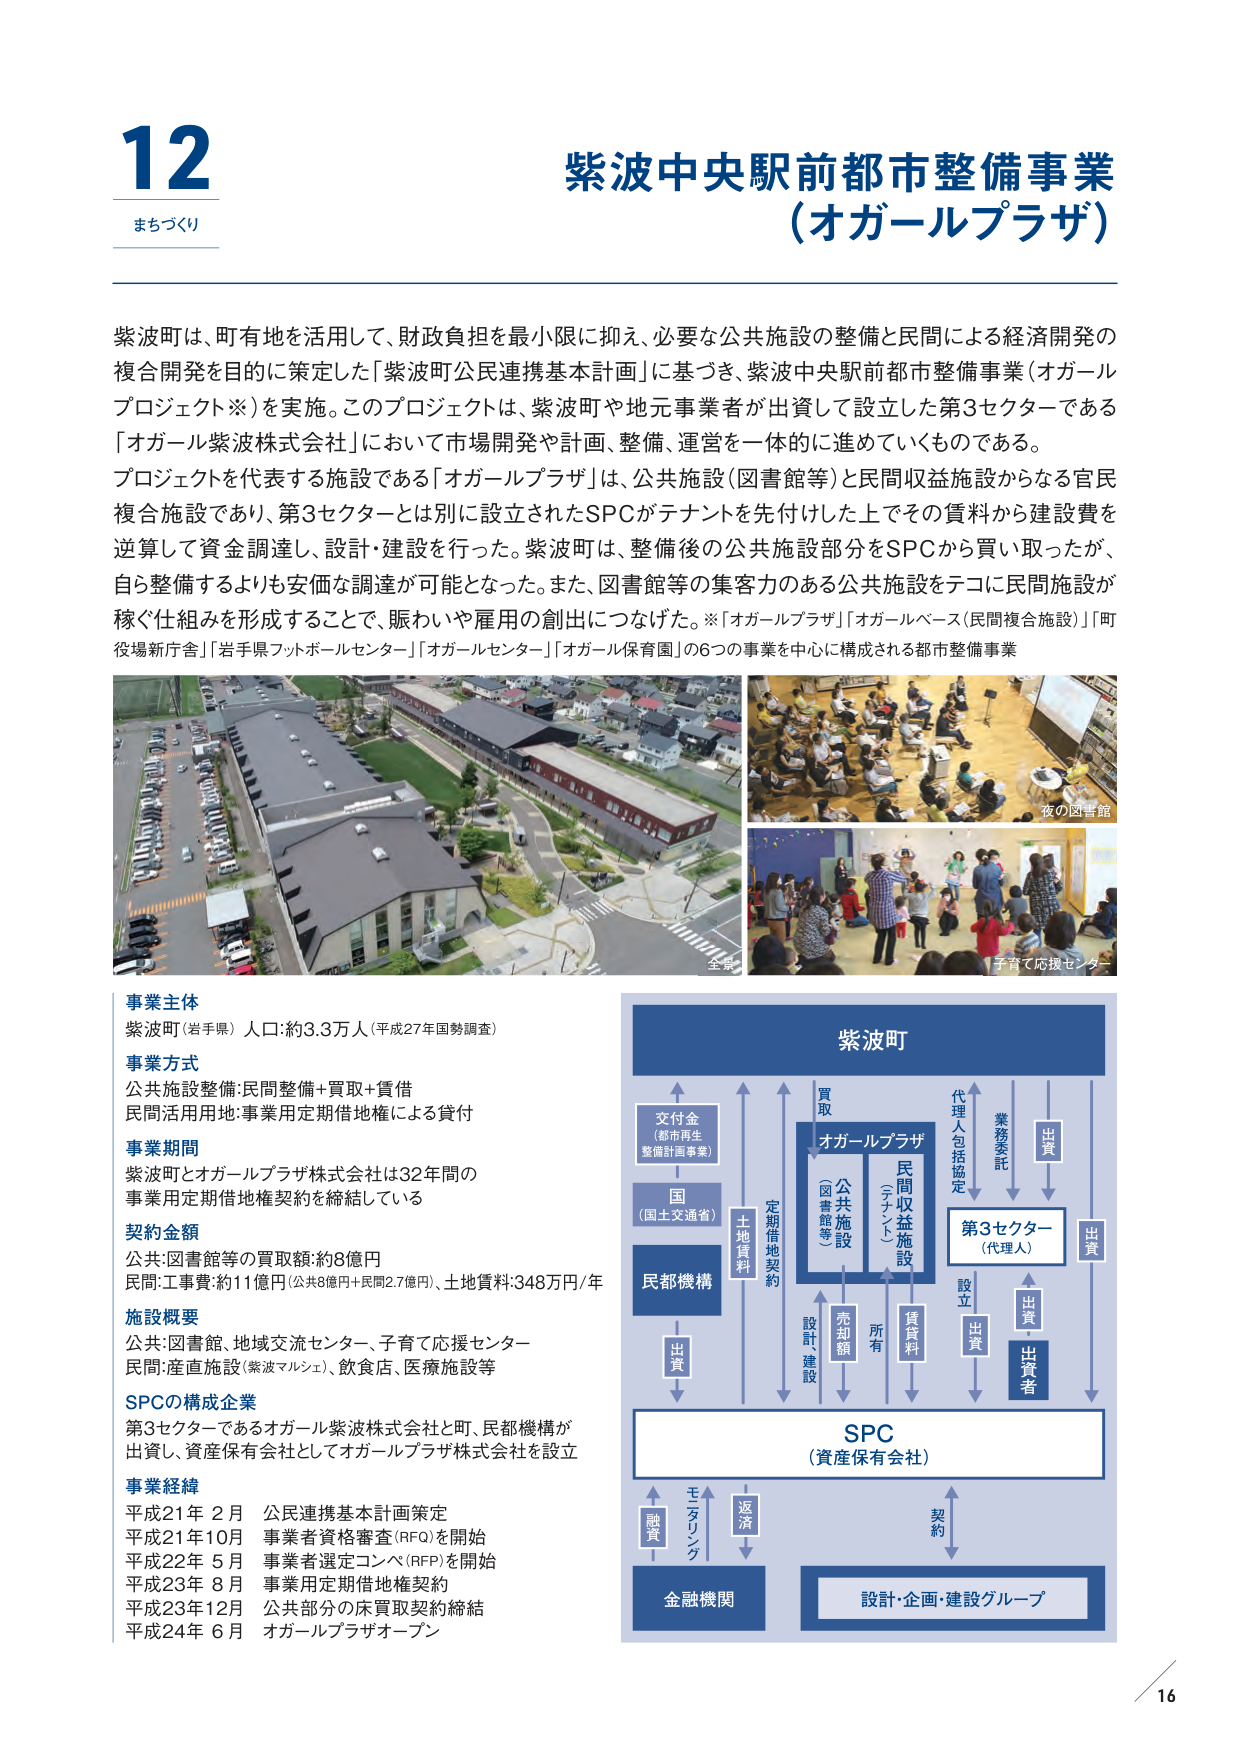
12
まちづくり

紫波中央駅前都市整備事業
（オガールプラザ）

紫波町は、町有地を活用して、財政負担を最小限に抑え、必要な公共施設の整備と民間による経済開発の複合開発を目的に策定した「紫波町公民連携基本計画」に基づき、紫波中央駅前都市整備事業（オガールプロジェクト※）を実施。このプロジェクトは、紫波町や地元事業者が出資して設立した第3セクターである「オガール紫波株式会社」において市場開発や計画、整備、運営を一体的に進めていくものである。
プロジェクトを代表する施設である「オガールプラザ」は、公共施設（図書館等）と民間収益施設からなる官民複合施設であり、第3セクターとは別に設立されたSPCがテナントを先付けした上でその賃料から建設費を逆算して資金調達し、設計・建設を行った。紫波町は、整備後の公共施設部分をSPCから買い取ったが、自ら整備するよりも安価な調達が可能となった。また、図書館等の集客力のある公共施設をテコに民間施設が稼ぐ仕組みを形成することで、賑わいや雇用の創出につなげた。※「オガールプラザ」「オガールベース（民間複合施設）」「町役場新庁舎」「岩手県フットボールセンター」「オガールセンター」「オガール保育園」の6つの事業を中心に構成される都市整備事業

全景
夜の図書館
子育て応援センター

事業主体
紫波町（岩手県） 人口：約3.3万人（平成27年国勢調査）

事業方式
公共施設整備：民間整備＋買取＋賃借
民間活用用地：事業用定期借地権による貸付

事業期間
紫波町とオガールプラザ株式会社は32年間の事業用定期借地権契約を締結している

契約金額
公共：図書館等の買取額：約8億円
民間：工事費：約11億円（公共8億円＋民間2.7億円）、土地賃料：348万円／年

施設概要
公共：図書館、地域交流センター、子育て応援センター
民間：産直施設（紫波マルシェ）、飲食店、医療施設等

SPCの構成企業
第3セクターであるオガール紫波株式会社と町、民都機構が出資し、資産保有会社としてオガールプラザ株式会社を設立

事業経緯
平成21年 2月 公民連携基本計画策定
平成21年10月 事業者資格審査（RFQ）を開始
平成22年 5月 事業者選定コンペ（RFP）を開始
平成23年 8月 事業用定期借地権契約
平成23年12月 公共部分の床買取契約締結
平成24年 6月 オガールプラザオープン

紫波町
交付金
（都市再生整備計画事業）
国
（国土交通省）
民都機構
出資
土地賃料
定期借地契約
設計・建設
売却額
所有
賃貸料
オガールプラザ
公共施設
（図書館等）
民間収益施設
（テナント）
第3セクター
（代理人）
代理入包括協定
業務委託
出資
出資
出資者
SPC
（資産保有会社）
契約
設計・企画・建設グループ
金融機関
融資
モラリング
返済
出資

16